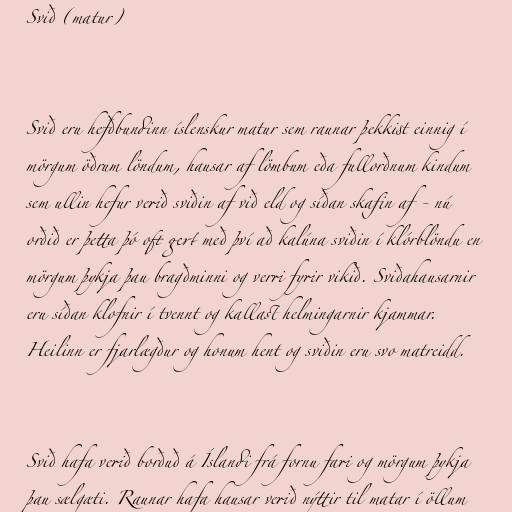
Svið (matur)

Svið eru hefðbundinn íslenskur matur sem raunar þekkist einnig í
mörgum öðrum löndum, hausar af lömbum eða fullorðnum kindum
sem ullin hefur verið sviðin af við eld og síðan skafin af - nú
orðið er þetta þó oft gert með því að kalúna sviðin í klórblöndu en
mörgum þykja þau bragðminni og verri fyrir vikið. Sviðahausarnir
eru síðan klofnir í tvennt og kallast helmingarnir kjammar.
Heilinn er fjarlægður og honum hent og sviðin eru svo matreidd.

Svið hafa verið borðuð á Íslandi frá fornu fari og mörgum þykja
þau sælgæti. Raunar hafa hausar verið nýttir til matar í öllum